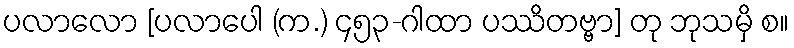
ပလာလော [ပလာပေါ (က.) ၄၅၃-ဂါထာ ပဿိတဗ္ဗာ] တု ဘုသမှိ စ။